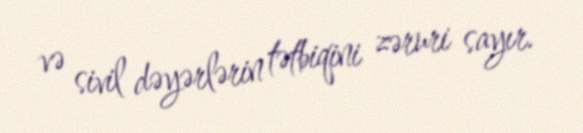
və sivil dəyərlərin tətbiqini zəruri sayır.